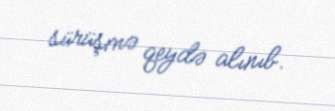
sürüşmə qeydə alınıb.